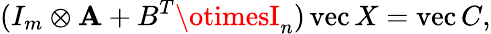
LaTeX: (I_{m}\otimes\mathbf{A}+B^{T}\otimesI_{n})\operatorname{vec}X=\operatorname{vec}C,